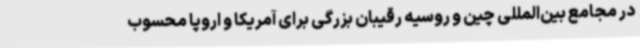
در مجامع بین‌المللی چین و روسیه رقیبان بزرگی برای آمریکا و اروپا محسوب